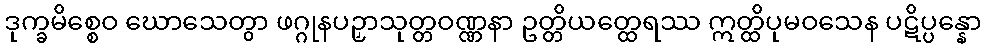
ဒုက္ခမိစ္စေဝ ဃောသေတွာ ဖဂ္ဂုနပဉှာသုတ္တဝဏ္ဏနာ ဥတ္တိယတ္ထေရဿ ဣတ္ထိပုမဝသေန ပဋိပ္ပန္နော